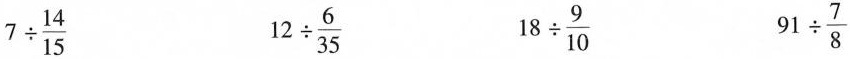
$$7 \div \frac{14}{15}$$ $$12 \div \frac{6}{35}$$ $$18 \div \frac{9}{10}$$ $$91 \div \frac{7}{8}$$